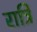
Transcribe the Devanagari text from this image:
रात्रि